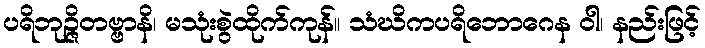
ပရိဘုဉ္ဇိတဗ္ဗာနိ၊ မသုံးစွဲထိုက်ကုန်။ သံဃိကပရိဘောဂေန ဝါ၊ နည်းဖြင့်